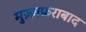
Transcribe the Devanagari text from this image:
मुज़्ज़फ़राबाद